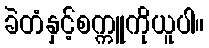
ခဲတံနှင့်စက္ကူကိုယူပါ။